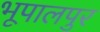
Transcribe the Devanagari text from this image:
भूपालपुर